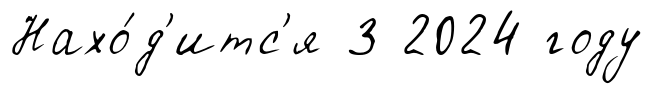
Нахо́д'итс'я 3 2024 году